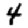
Digit: 4